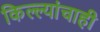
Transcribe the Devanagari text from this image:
किल्ल्यांचाही